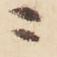
ニ